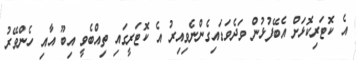
އެ ކޮޓަރިކޮޅަށް އެބޭފުޅުން ވަދެވަޑައިގެންނެވިއިރު އެ ކޮޓަރީގައި ތިއްބެވީ އިބޫ އާއި ހެންވޭރު